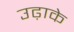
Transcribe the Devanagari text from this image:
उढ़ाके